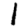
Digit: 1